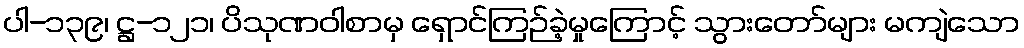
ပါ-၁၃၉၊ ဋ္ဌ-၁၂၁၊ ပိသုဏဝါစာမှ ရှောင်ကြဉ်ခဲ့မှုကြောင့် သွားတော်များ မကျဲသော